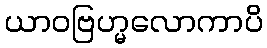
ယာဝဗြဟ္မလောကာပိ